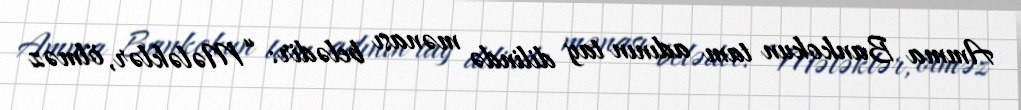
Amma Bankokun tam adının tay dilində mənası belədir: “Mələklər, ölməz